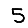
Digit: 5